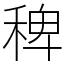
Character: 稗